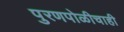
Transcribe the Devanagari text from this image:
पुरणपोळीचाही